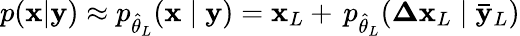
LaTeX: p(\mathbf{x}|\mathbf{y})\approx p_{\hat{\theta}_{L}}(\mathbf{x}\mid\mathbf{y})=\mathbf{x}_{L}+\, p_{\hat{\theta}_{L}}(\mathbf{\Delta x}_{L}\mid\mathbf{\bar{y}}_{L})